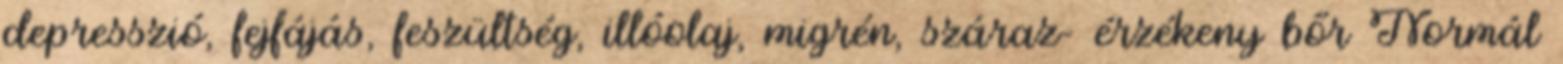
depresszió, fejfájás, feszültség, illóolaj, migrén, száraz- érzékeny bőr Normál